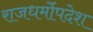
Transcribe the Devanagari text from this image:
राजधर्मोपदेश